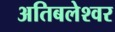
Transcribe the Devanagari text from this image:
अतिबलेश्वर